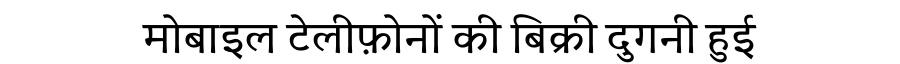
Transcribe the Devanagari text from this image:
मोबाइल टेलीफ़ोनों की बिक्री दुगनी हुई